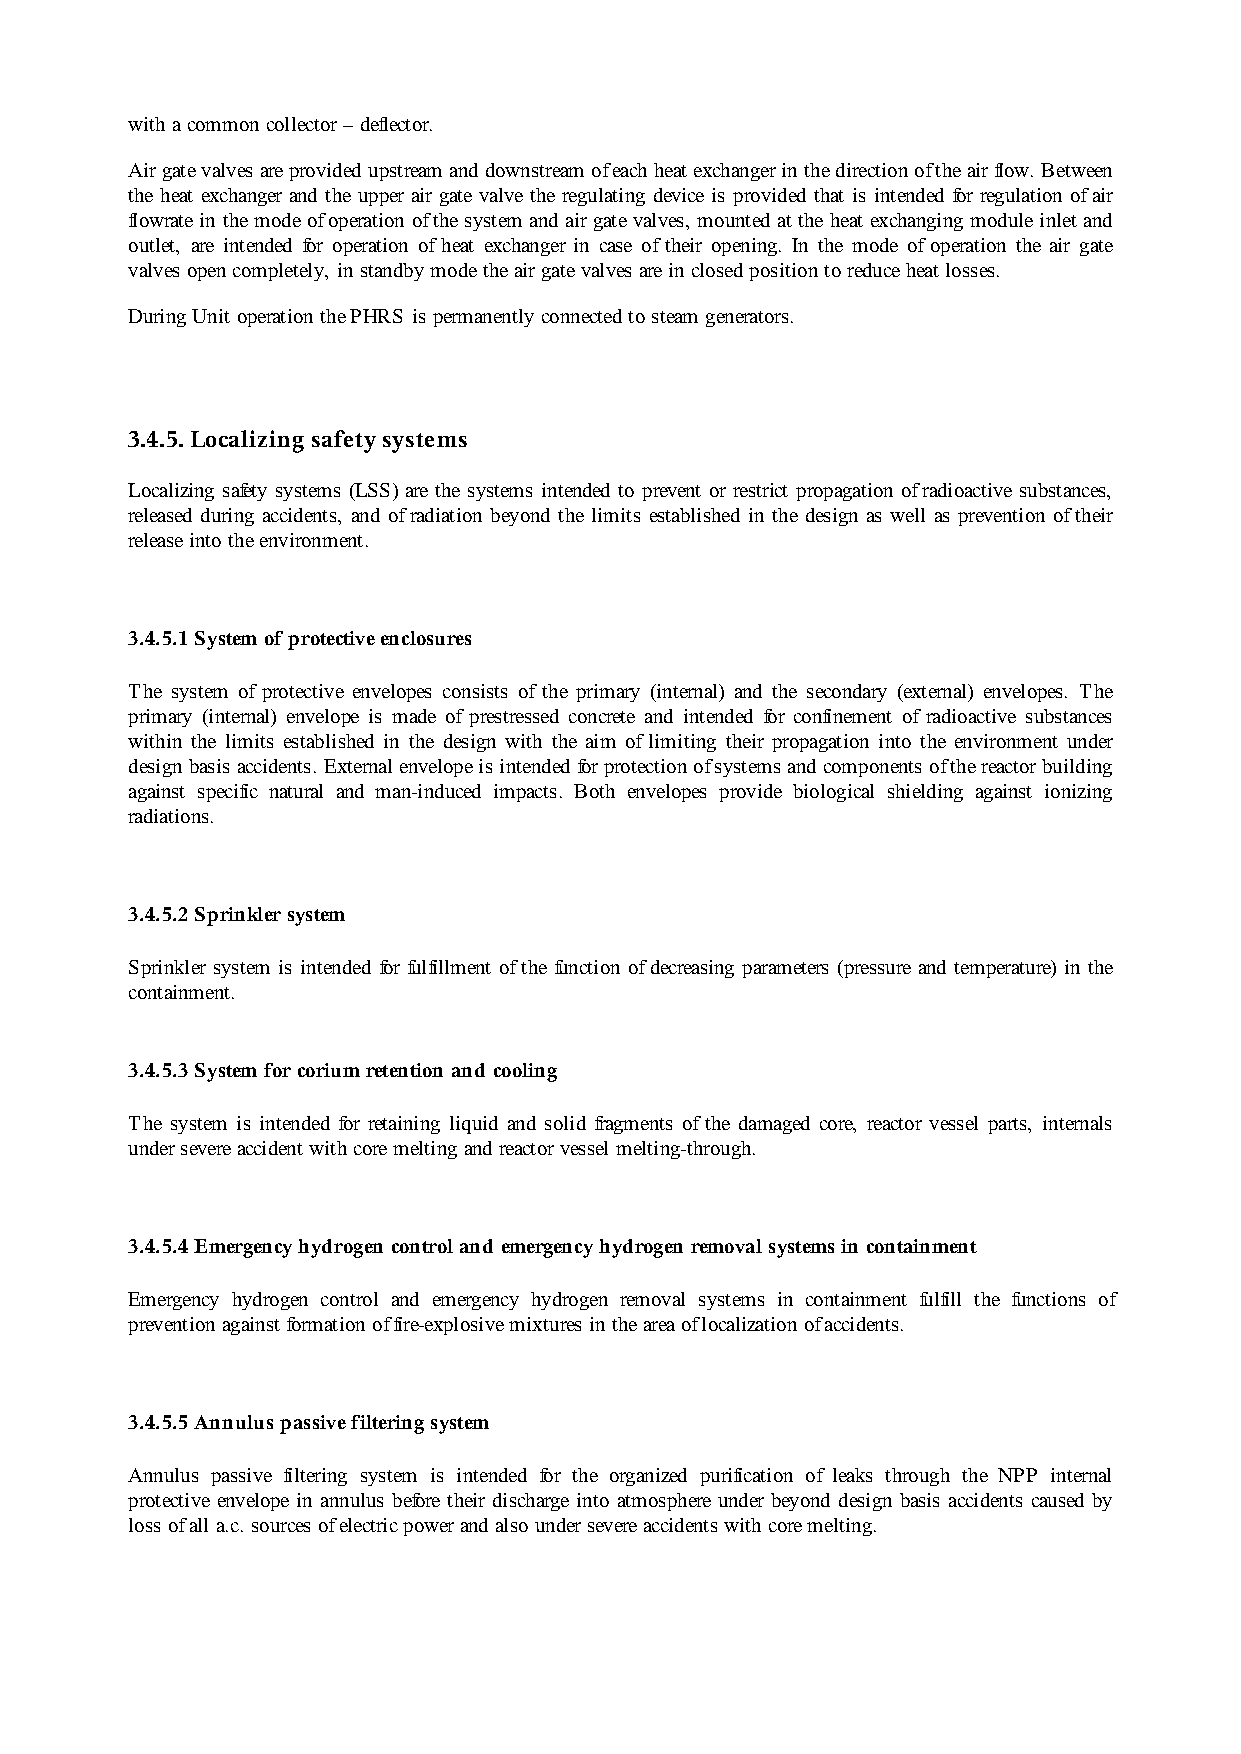
with a common collector – deflector.
 Air gate valves are provided upstream and downstream of each heat exchanger in the direction of the air flow. Between
 the heat exchanger and the upper air gate valve the regulating device is provided that is intended for regulation of air
 flowrate in the mode of operation of the system and air gate valves, mounted at the heat exchanging module inlet and
 outlet, are intended for operation of heat exchanger in case of their opening. In the mode of operation the air gate
 valves open completely, in standby mode the air gate valves are in closed position to reduce heat losses.
 During Unit operation the PHRS is permanently connected to steam generators.
 3.4.5. Localizing safety systems
 Localizing safety systems (LSS) are the systems intended to prevent or restrict propagation of radioactive substances,
 released during accidents, and of radiation beyond the limits established in the design as well as prevention of their
 release into the environment.
 3.4.5.1 System of protective enclosures
 The system of protective envelopes consists of the primary (internal) and the secondary (external) envelopes. The
 primary (internal) envelope is made of prestressed concrete and intended for confinement of radioactive substances
 within the limits established in the design with the aim of limiting their propagation into the environment under
 design basis accidents. External envelope is intended for protection of systems and components of the reactor building
 against specific natural and man-induced impacts. Both envelopes provide biological shielding against ionizing
 radiations.
 3.4.5.2 Sprinkler system
 Sprinkler system is intended for fulfillment of the function of decreasing parameters (pressure and temperature) in the
 containment.
 3.4.5.3 System for corium retention and cooling
 The system is intended for retaining liquid and solid fragments of the damaged core, reactor vessel parts, internals
 under severe accident with core melting and reactor vessel melting-through.
 3.4.5.4 Emergency hydrogen control and emergency hydrogen removal systems in containment
 Emergency hydrogen control and emergency hydrogen removal systems in containment fulfill the functions of
 prevention against formation of fire-explosive mixtures in the area of localization of accidents.
 3.4.5.5 Annulus passive filtering system
 Annulus passive filtering system is intended for the organized purification of leaks through the NPP internal
 protective envelope in annulus before their discharge into atmosphere under beyond design basis accidents caused by
 loss of all a.c. sources of electric power and also under severe accidents with core melting.